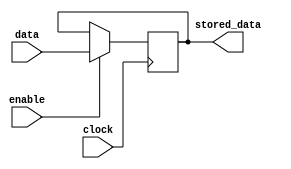
module TransparentLatch (
    input data,
    input enable,
    input clock,
    output reg stored_data
);

always @(posedge clock) begin
    if (enable) begin
        stored_data <= data;
    end
end

endmodule